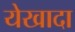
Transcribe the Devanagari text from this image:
येखादा